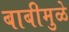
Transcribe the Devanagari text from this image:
बाबीमुळे